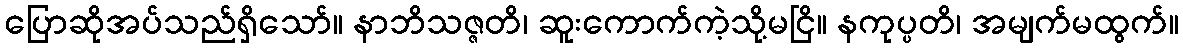
ပြောဆိုအပ်သည်ရှိသော်။ နာဘိသဇ္ဇတိ၊ ဆူးကောက်ကဲ့သို့မငြိ။ နကုပ္ပတိ၊ အမျက်မထွက်။